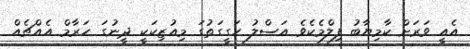
އެއީ ވަރަށް ކާމިޔާބު ފިލްމެކެވެ އަސްލު ހަގީގަތުގަ މިއުޒިކަކީ ދީނުގަ ހަރާމް އެއްޗެއް